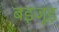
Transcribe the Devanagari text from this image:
बइजूड़